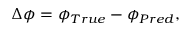
\begin{array} { r } { \Delta \phi = \phi _ { T r u e } - \phi _ { P r e d } , } \end{array}